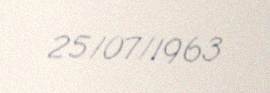
25/07/1963